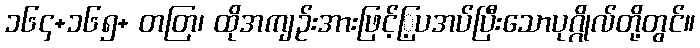
၁၆၄+၁၆၅+ တတြ၊ ထိုအကျဉ်းအားဖြင့်ြ့ပအပ်ပြီးသောပုဂ္ဂိုလ်တို့တွင်။